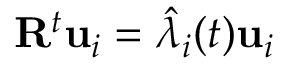
\mathbf { R } ^ { t } \mathbf { u } _ { i } = \hat { \lambda } _ { i } ( t ) \mathbf { u } _ { i }